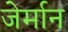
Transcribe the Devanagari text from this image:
जेर्मान